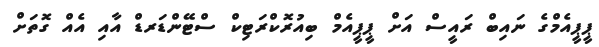
ޕީޕީއެމްގެ ނައިބް ރައީސް އަށް ޕީޕީއެމް ބިއުރޮކްރަޓިކް ސްޓޭންޑަރޑް އާއި އެއް ގޮތަށް